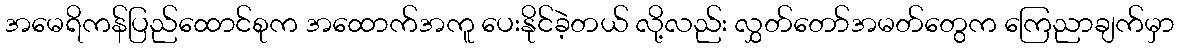
အမေရိကန်ပြည်ထောင်စုက အထောက်အကူ ပေးနိုင်ခဲ့တယ် လို့လည်း လွှတ်တော်အမတ်တွေက ကြေညာချက်မှာ